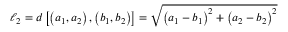
\ell _ { 2 } = d \left[ \left( a _ { 1 } , a _ { 2 } \right) , \left( b _ { 1 } , b _ { 2 } \right) \right] = { \sqrt { \left( a _ { 1 } - b _ { 1 } \right) ^ { 2 } + \left( a _ { 2 } - b _ { 2 } \right) ^ { 2 } } }